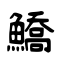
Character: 鱎